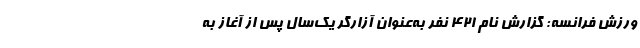
ورزش فرانسه: گزارش نام ۴۲۱ نفر به‌عنوان آزارگر یک‌سال پس از آغاز به